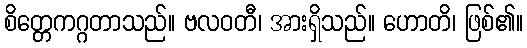
စိတ္တေကဂ္ဂတာသည်။ ဗလဝတီ၊ အားရှိသည်။ ဟောတိ၊ ဖြစ်၏။